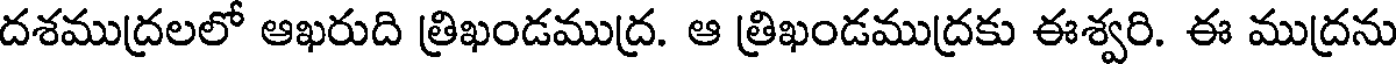
దశముద్రలలో ఆఖరుది త్రిఖండముద్ర. ఆ త్రిఖండముద్రకు ఈశ్వరి. ఈ ముద్రను